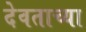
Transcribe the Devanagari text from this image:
देवताच्या